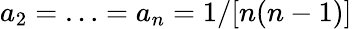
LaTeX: a_{2}=\ldots=a_{n}=1/[n(n-1)]